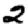
Digit: 2